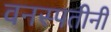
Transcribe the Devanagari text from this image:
वनस्पतीनी